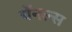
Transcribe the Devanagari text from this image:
चॅनल्स